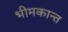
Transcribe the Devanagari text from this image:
भीमकान्त